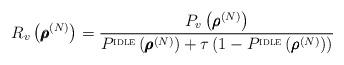
LaTeX: \begin{align*}R_v\left( \pmb{\rho}^{(N)} \right) = \frac{P_v\left( \pmb{\rho}^{(N)} \right)}{P^{\textsc{idle}} \left( \pmb{\rho}^{(N)} \right) + \tau \left (1 - P^{\textsc{idle}} \left( \pmb{\rho}^{(N)} \right) \right)}\end{align*}